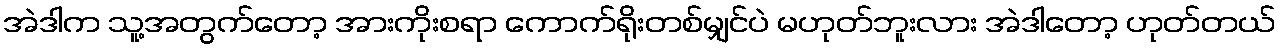
အဲဒါက သူ့အတွက်တော့ အားကိုးစရာ ကောက်ရိုးတစ်မျှင်ပဲ မဟုတ်ဘူးလား အဲဒါတော့ ဟုတ်တယ်